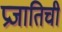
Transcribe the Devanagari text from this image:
प्रजातिची